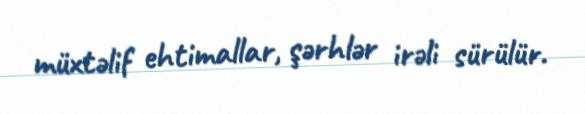
müxtəlif ehtimallar, şərhlər irəli sürülür.